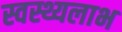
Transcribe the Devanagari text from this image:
स्वस्थ्यलाभ